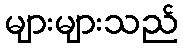
များများသည်